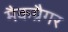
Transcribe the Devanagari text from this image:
मैकग्रैगर